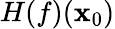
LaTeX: H(f)(\mathbf{x}_{0})